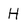
Character: H